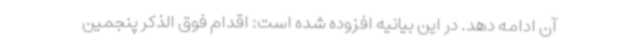
آن ادامه دهد. در این بیانیه افزوده شده است: اقدام فوق الذکر پنجمین